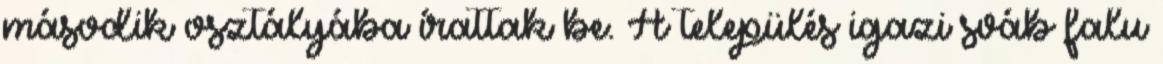
második osztályába írattak be. A település igazi sváb falu